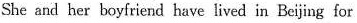
She and her boyfriend have lived in Bejing for